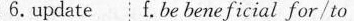
6. update f.be beneficial for/to